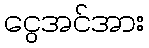
ငွေအင်အား